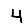
Digit: 4